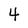
Character: 4